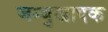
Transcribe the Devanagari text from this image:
जम्बुखादक